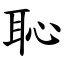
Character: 恥